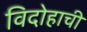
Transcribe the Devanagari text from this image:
विदोहाची